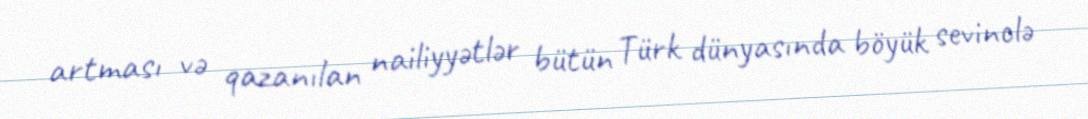
artması və qazanılan nailiyyətlər bütün Türk dünyasında böyük sevinclə